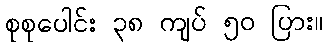
စုစုပေါင်း ၃၈ ကျပ် ၅၀ ပြား။